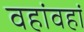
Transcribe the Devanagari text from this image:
वहांवहां